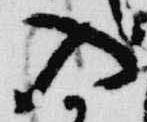
入